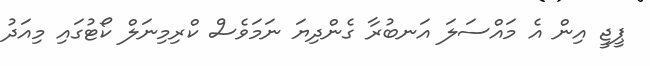
ޕީޖީ އިން އެ މައްސަލަ އަނބުރާ ގެންދިޔަ ނަމަވެސް ކްރިމިނަލް ކޯޓުގައި މިއަދު